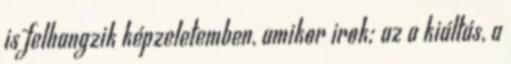
is felhangzik képzeletemben, amikor irok; az a kiáltás, a